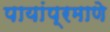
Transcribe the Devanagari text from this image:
पायांप्रमाणे